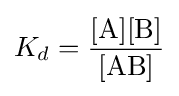
K_{d}=\mathrm {\frac {[A][B]}{[AB]}}